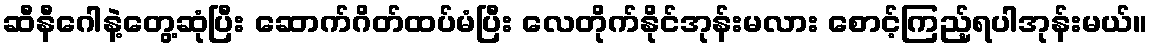
ဆီနီဂေါနဲ့တွေ့ဆုံပြီး ဆောက်ဂိတ်ထပ်မံပြီး လေတိုက်နိုင်အုန်းမလား စောင့်ကြည့်ရပါအုန်းမယ်။